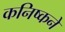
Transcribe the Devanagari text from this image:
कनिष्कने